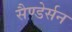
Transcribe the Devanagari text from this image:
सैण्डेर्सन